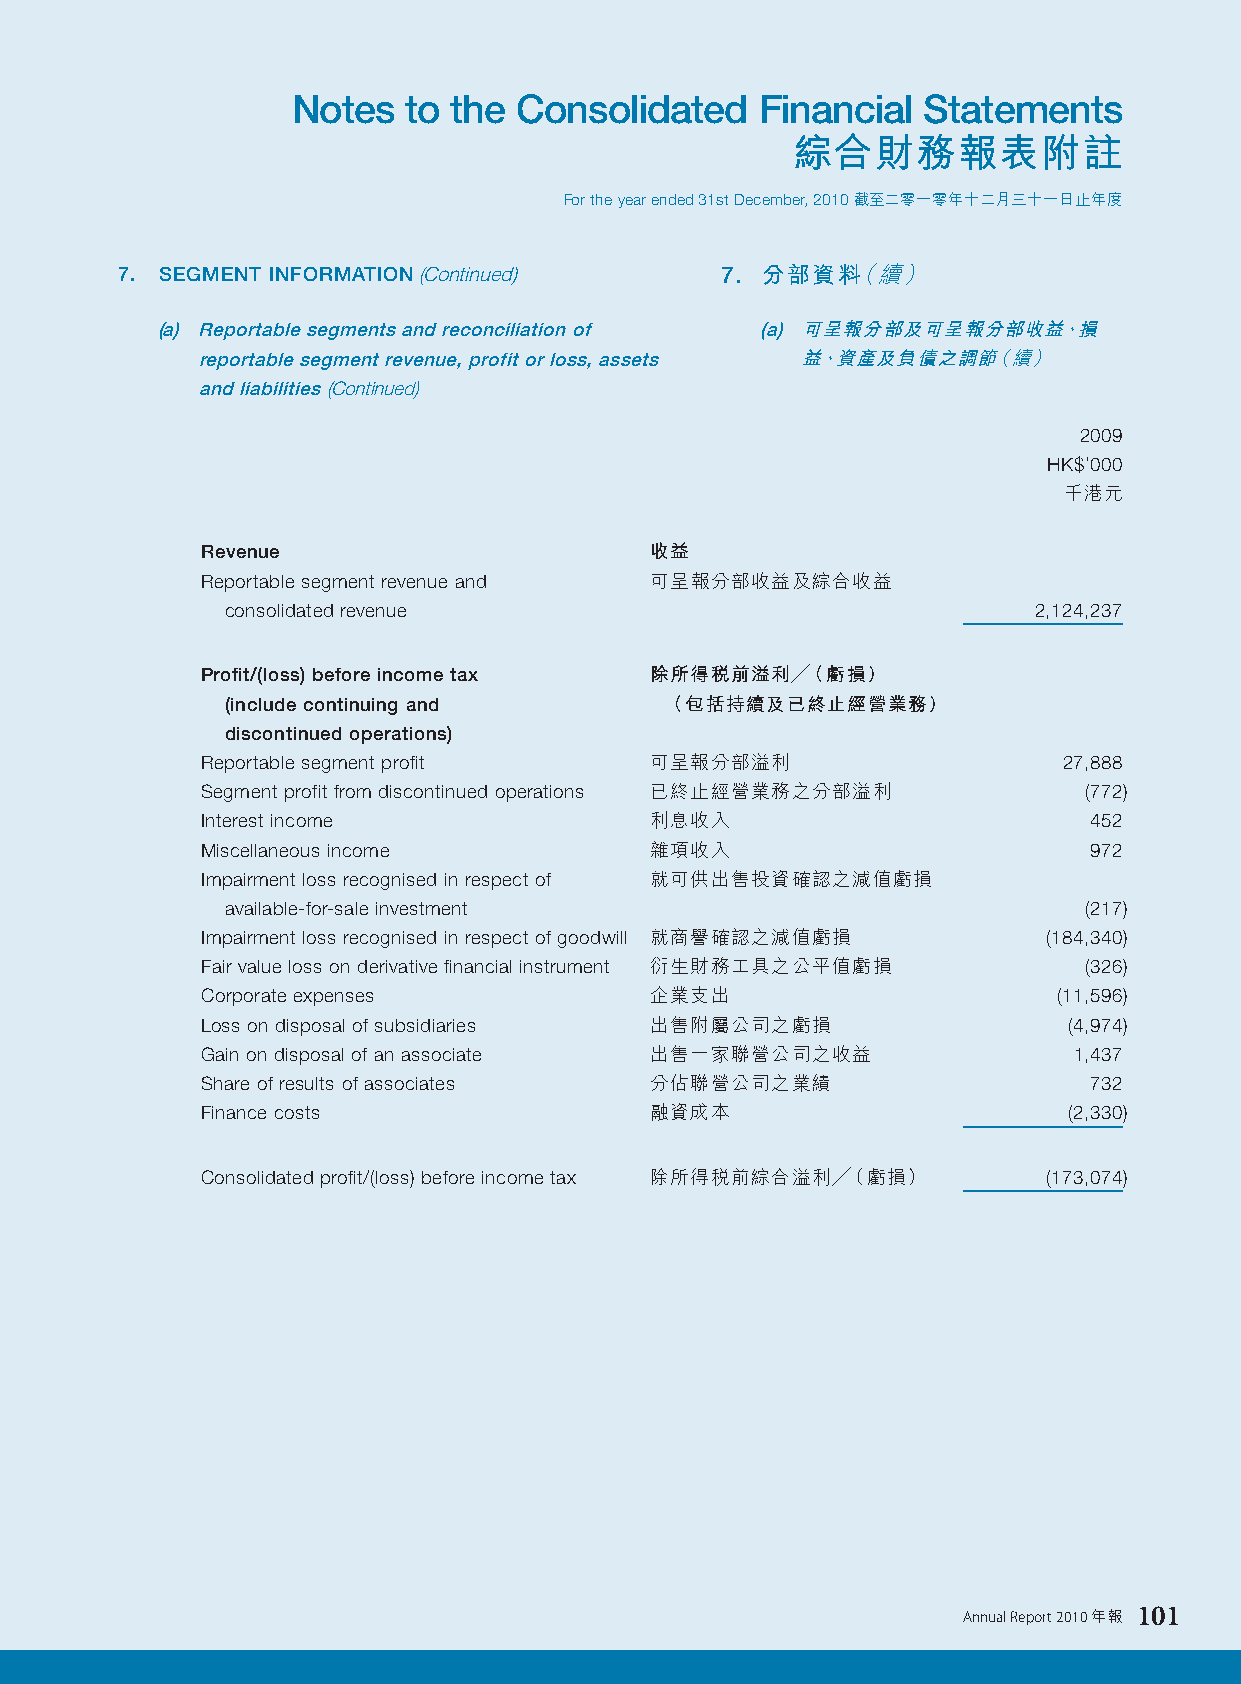
Notes   to the Consolidated    Financial  Statements
 綜合財務報表附註
 For the year ended 31st December, 2010 截至二零一零年十二月三十一日止年度
 7. SEGMENT INFORMATION (Continued)      7. 分部資料（續）
 (a) Reportable segments and reconciliation of (a) 可呈報分部及可呈報分部收益、損
 reportable segment revenue, profit or loss, assets 益、資產及負債之調節（續）
 and liabilities (Continued)
 2009
 HK$’000
 千港元
 Revenue                       收益
 Reportable segment revenue and 可呈報分部收益及綜合收益
 consolidated revenue                                 2,124,237
 Profit/(loss) before income tax 除所得稅前溢利╱（虧損）
 (include continuing and      （包括持續及已終止經營業務）
 discontinued operations)
 Reportable segment profit     可呈報分部溢利                    27,888
 Segment profit from discontinued operations 已終止經營業務之分部溢利   (772)
 Interest income               利息收入                         452
 Miscellaneous income          雜項收入                         972
 Impairment loss recognised in respect of 就可供出售投資確認之減值虧損
 available-for-sale investment                            (217)
 Impairment loss recognised in respect of goodwill 就商譽確認之減值虧損 (184,340)
 Fair value loss on derivative financial instrument 衍生財務工具之公平值虧損 (326)
 Corporate expenses            企業支出                       (11,596)
 Loss on disposal of subsidiaries 出售附屬公司之虧損                (4,974)
 Gain on disposal of an associate 出售一家聯營公司之收益              1,437
 Share of results of associates 分佔聯營公司之業績                   732
 Finance costs                 融資成本                        (2,330)
 Consolidated profit/(loss) before income tax 除所得稅前綜合溢利╱（虧損） (173,074)
 Annual Report 2010 年報 101